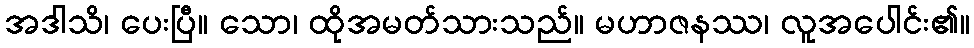
အဒါသိ၊ ပေးပြီ။ သော၊ ထိုအမတ်သားသည်။ မဟာဇနဿ၊ လူအပေါင်း၏။